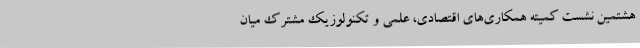
هشتمین نشست کمیته همکاری‌های اقتصادی، علمی و تکنولوزیک مشترک میان